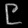
Digit: ၉